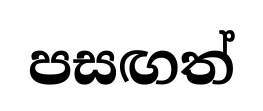
පසඟත්